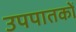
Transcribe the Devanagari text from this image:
उपपातकों